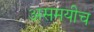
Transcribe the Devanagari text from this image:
असमयीच